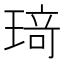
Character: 𤦺